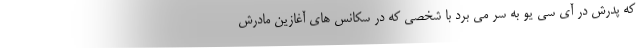
که پدرش در آی سی یو به سر می برد با شخصی که در سکانس های آغازین مادرش